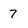
Character: 7